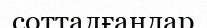
сотталғандар